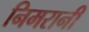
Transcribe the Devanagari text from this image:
निमरानी